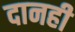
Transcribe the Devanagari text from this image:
दानही